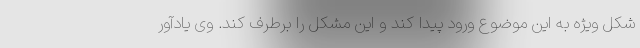
شکل ویژه به این موضوع ورود پیدا کند و این مشکل را برطرف کند. وی یادآور